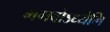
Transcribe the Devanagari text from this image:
भगवोऽध्येमि